Civil Veterinary Department Bihar reports 1940-50 - 1940-1950
Year: 1940
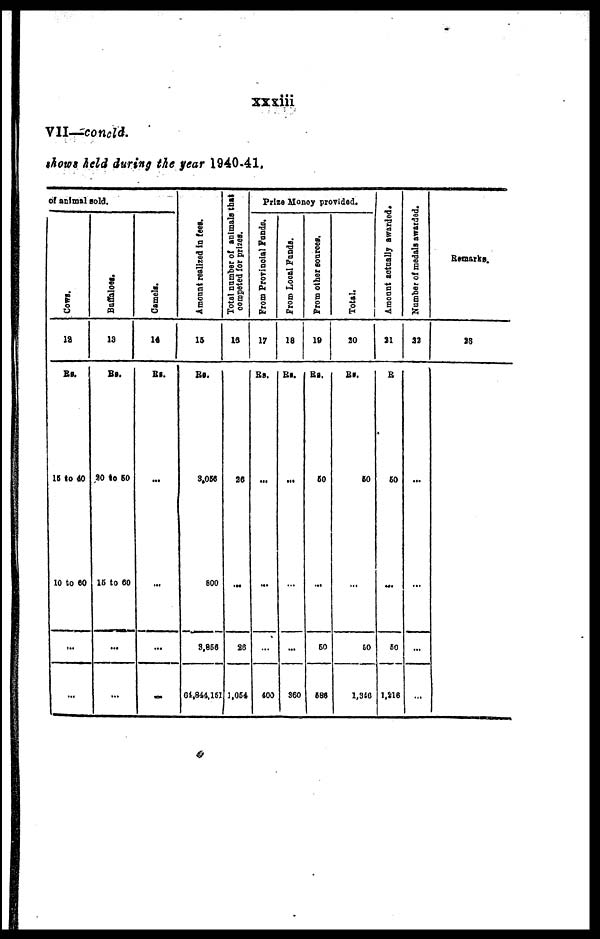
xxxiii
VII—conrfd.
shows held during the year 1940.41.
of animal sold.
Cows.
12
Rs.
15 to 40
10 to 60
...
Buffaloes
13
Rs.
20 to 60
16 to 60
...
Camels.
14
Rs.
...
...
...
Amo u n t r eal i zed in ten.
15
Rs.
3,058
800
3,856
04,844,161
Total number of animals that
Competed
for prizes.
14
26
...
26
1,054
Prize Money provided.
From Provincial Funds.
17
Rs.
...
...
...
400
From Local Funds.
16
Rs.
...
...
...
360
From other sources.
10
Rs.
60
...
50
586
Total.
20
Rs.
60
...
50
1,340
Amount actually awarded.
21
R
60
...
50
1,216
Number of medals awarded.
22
...
...
...
...
Remarks.
23